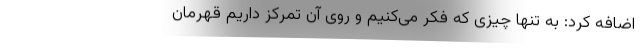
اضافه کرد: به تنها چیزی که فکر می‌کنیم و روی آن تمرکز داریم قهرمان